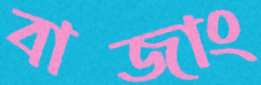
বাজাং